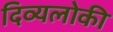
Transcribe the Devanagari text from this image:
दिव्यलोकी